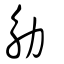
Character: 觔